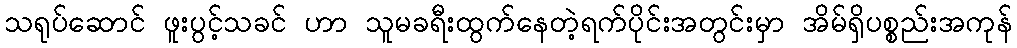
သရုပ်ဆောင် ဖူးပွင့်သခင် ဟာ သူမခရီးထွက်နေတဲ့ရက်ပိုင်းအတွင်းမှာ အိမ်ရှိပစ္စည်းအကုန်